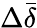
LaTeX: \Delta\bar{\delta}